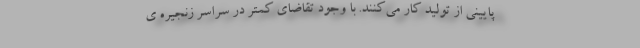
پایینی از تولید کار می‌کنند. با وجود تقاضای کمتر در سراسر زنجیره ی